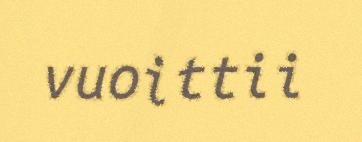
vuoittii